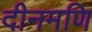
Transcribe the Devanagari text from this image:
दीनमणि